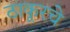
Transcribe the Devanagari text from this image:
ठाकूरचे